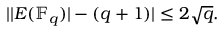
| | E ( \mathbb { F } _ { q } ) | - ( q + 1 ) | \leq 2 { \sqrt { q } } .